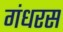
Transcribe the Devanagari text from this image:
गंधरस